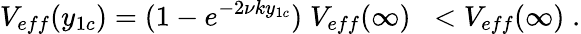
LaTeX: V_{eff}(y_{1c})=(1-e^{-2\nu ky_{1c}})\; V_{eff}(\infty)\; \; <V_{eff}(\infty)\; .